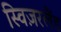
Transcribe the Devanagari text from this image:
स्विज़रलैंड